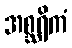
အစ္ဆရိကံ